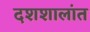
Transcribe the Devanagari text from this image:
दशशालांत